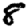
Digit: 8